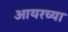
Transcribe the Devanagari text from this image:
आयरच्या